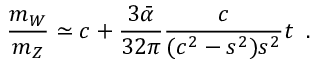
\frac { m _ { W } } { m _ { Z } } \simeq c + \frac { 3 \bar { \alpha } } { 3 2 \pi } \frac { c } { ( c ^ { 2 } - s ^ { 2 } ) s ^ { 2 } } t \; \; .